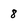
Character: 8